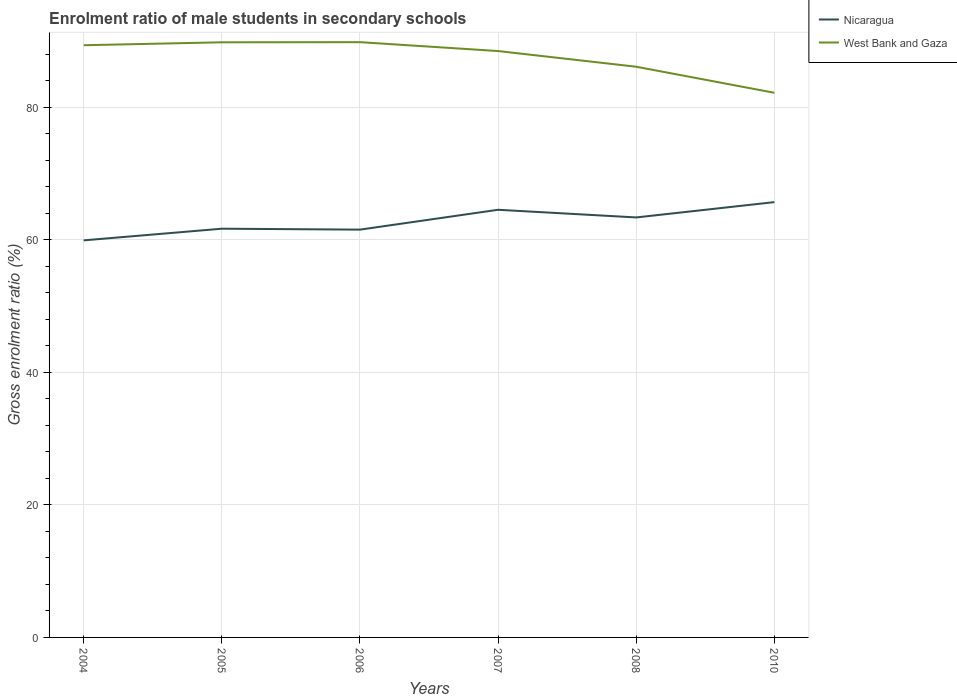
| Years | Nicaragua | West Bank and Gaza |
 | --- | --- | --- |
 | 2004 | 59.9 | 89.4 |
 | 2005 | 61.7 | 89.8 |
 | 2006 | 61.5 | 89.8 |
 | 2007 | 64.5 | 88.5 |
 | 2008 | 63.4 | 86.1 |
 | 2010 | 65.7 | 82.2 |